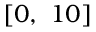
[ 0 , \ 1 0 ]